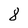
Character: 8